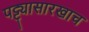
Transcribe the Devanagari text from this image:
पट्ट्यासारखाच